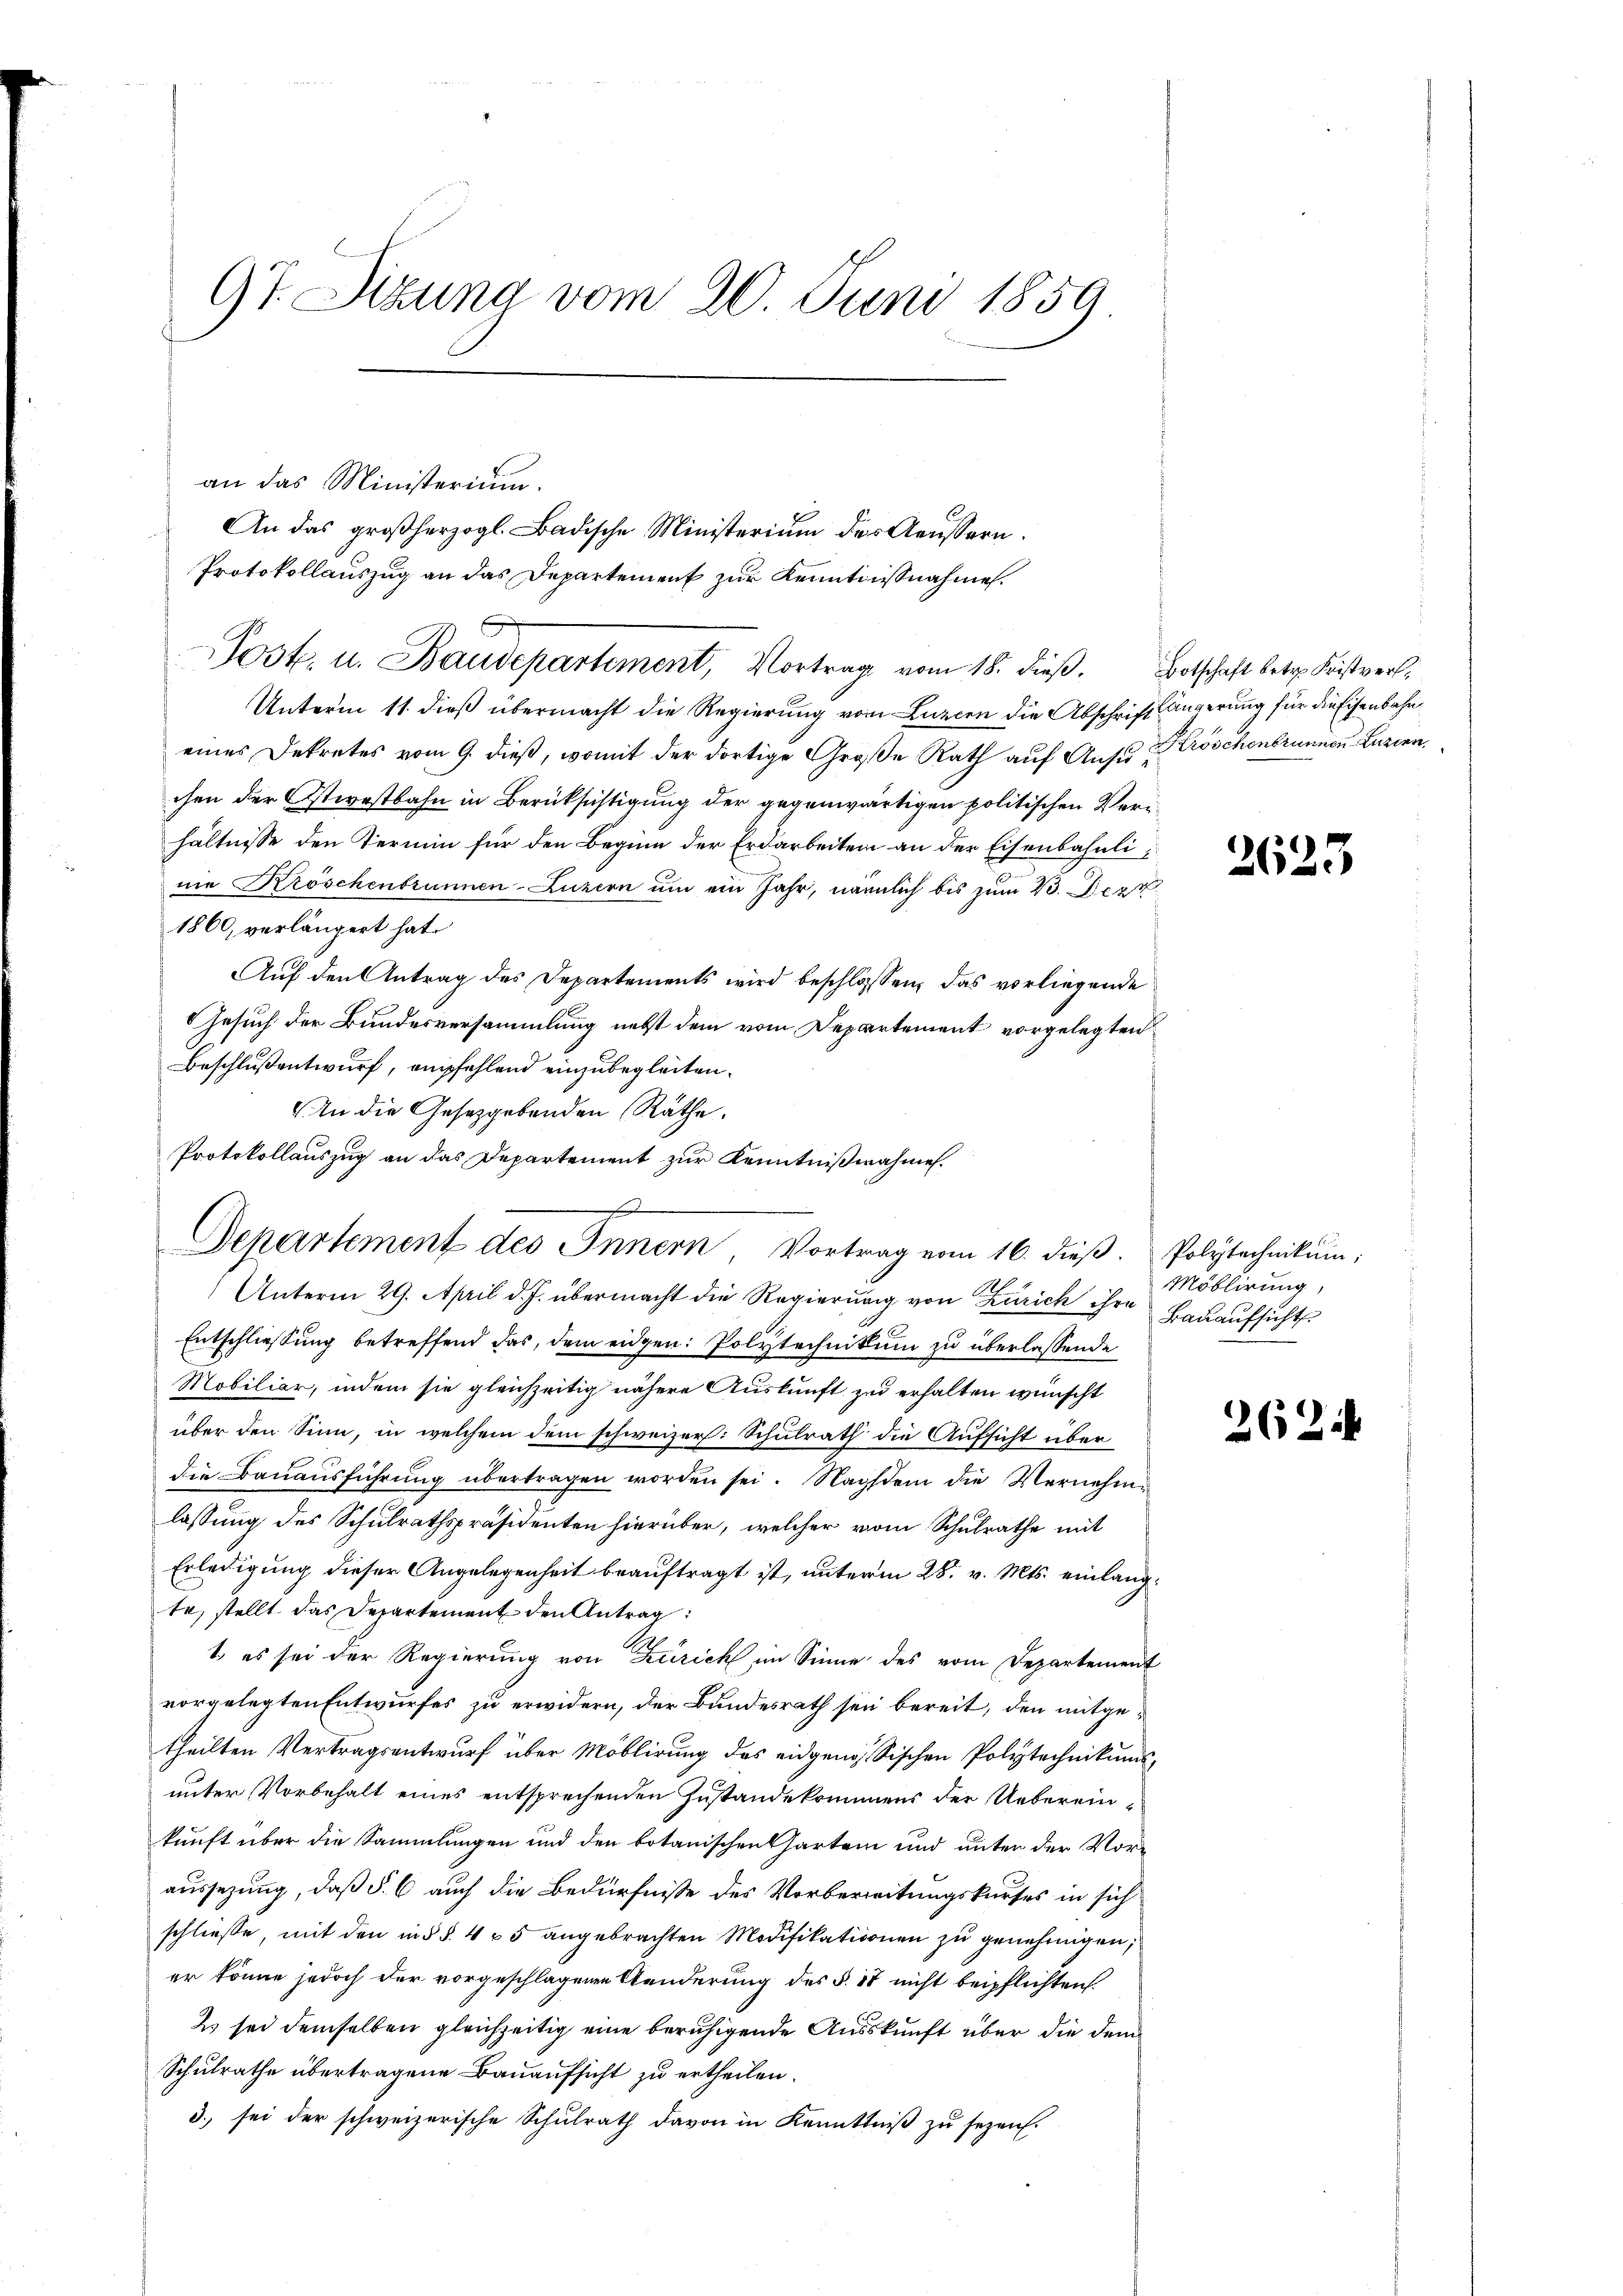
9t. Sizung vom 20. Juni 1859

an das Ministerium.
Unterm 11. dieß übermacht die Regierung von Luzern die Abschrift
eines Dekretes vom 9. dieß, womit der dortige Große Rath auf Ansuchen der Ostwestbahn in Berücksichtigung der gegenwärtigen politischen Verihältnisse den Termin für den Beginn der Erdarbeiten an der Eisenbahnlinie Kröschenbrunnen-Luzern um ein Jahr, nämmlich bis zum 23. Dezz
1860, verlängert hat.
Auf den Antrag des Departements wird beschlossen, das vorliegende
Gesuch der Bundesversammlung nebst dem vom Departement vorgelegten
Beschlußentwurf, empfehlend einzubegleiten.
An die Gesetzgebenden Räthe.
Protokollauszug an das Departement zur Kenntnißnahmen.
Unterm 29. April d. J. übermacht die Regierung von Zürich ihre
Entschliessung betreffend das, dem eidgen: Polytechnikum zu überlassende
Mobiliar, indem sie gleichzeitig nähere Auskunft zu erhalten wünscht
über den Sinn, in welchem dem schweizer: Schulrath die Aufsicht überdie Bauausführŭng übertragen worden sei. Nachdem die Vernehme
lassung des Schulrathspräsidenten hierüber, welcher vom Schulrathe mit
Erledigung dieser Angelegenheit beauftragt ist, unterm 28. v. Mts. einlangte, stellt das Departement den Antrag:
1. es sei der Regierung von Zürich im Sinne des vom Departement
vorgelegten Entwurfes zu erwidern, der Bundesrath sei bereit, den mitgetheilten Vertragsentwurf über Möblirung des eidgenössischen Polytechnikums,
unter Vorbehalt eines entsprechenden Zustande kommens der Uebereinkunft über die Sammlungen und den botanischen Garten und unter der Voraussezung, daß §. 6 auch die Bedürfnisse des Vorbereitungskurses in sich
schließe, mit den in § §. 425 angebrachten Modifikationen zu genehmigen,
er könne jedoch der vorgeschlagenen Aenderung des §. 37 nicht beipflichten.
2) sei demselben gleichzeitig eine beruhigende Auskunft über die dem
Schulrathe übertragene Bauaufsicht zu ertheilen.
3. sei der schweizerische Schulrath davon in Kenntniß zu sezen.

Departement des Innern Vortrag vom 16. dieß.

An das großherzogl. Badische Ministerium der Aŭssern.
Protokollauszug an das Departement zur Kenntnißnahme.
Post. u. Baudepartement, Vortrag vom 18. dieβ. Botschaft betr. Fristvers¬

längerung für die Eisenbahn
Kroschenbrunnen Luzern.

2623

Polytechnikum;
Möblirung,
Bauaufsicht

262